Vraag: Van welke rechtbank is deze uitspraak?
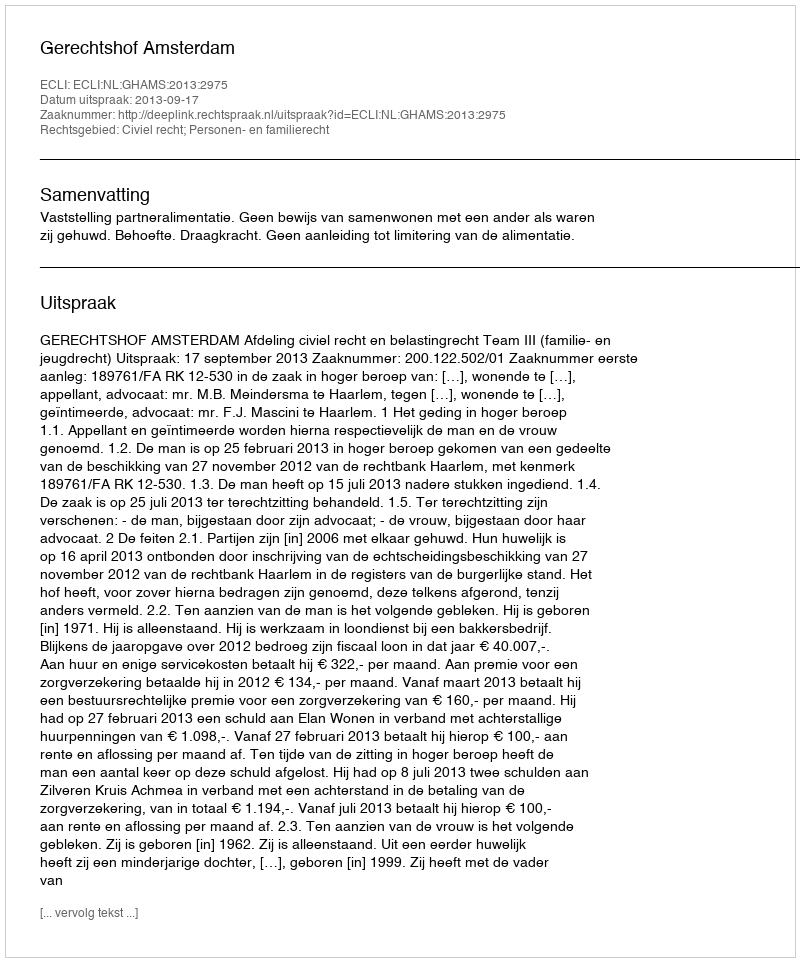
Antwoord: Gerechtshof Amsterdam